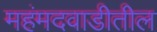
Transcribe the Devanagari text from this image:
महंमदवाडीतील